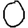
Digit: 0